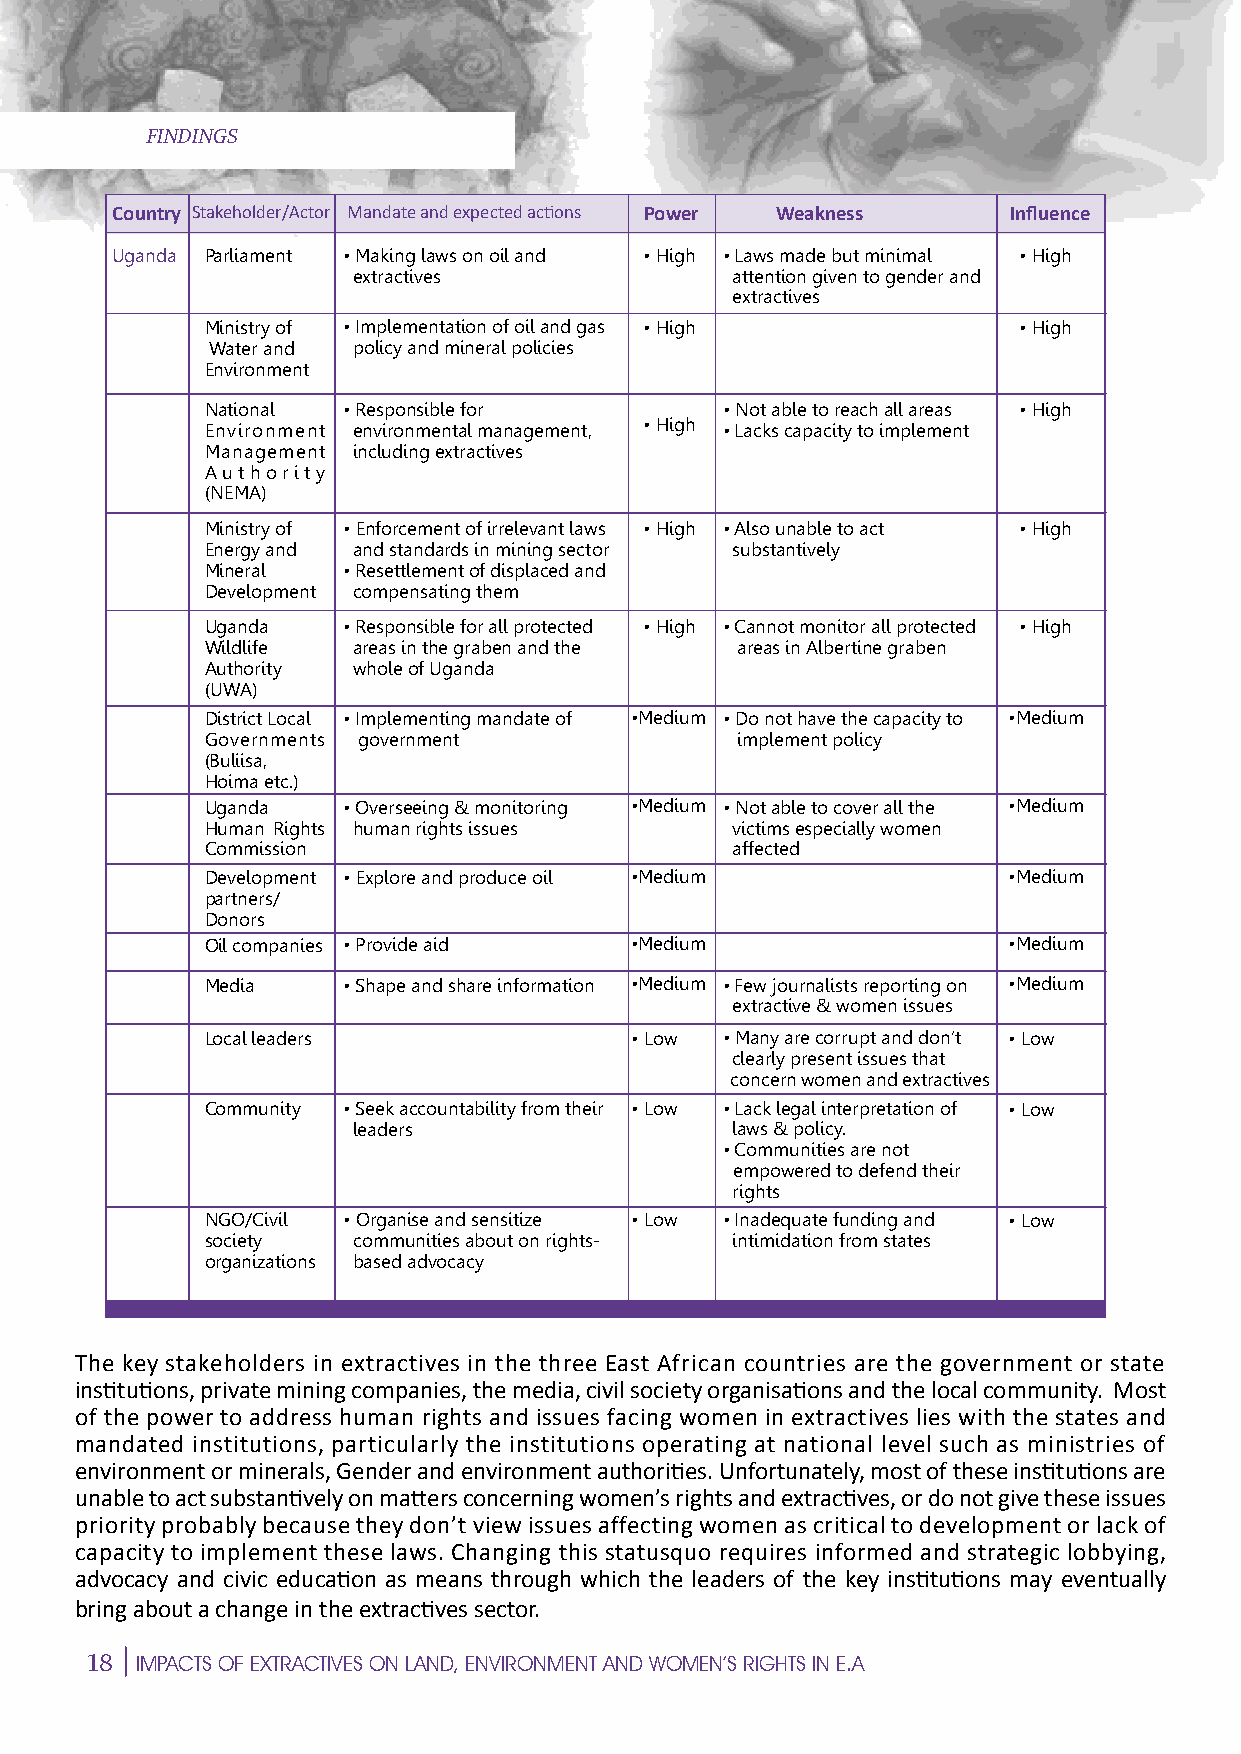
FINDINGS                                       N
 Country Stakeholder/Actor Mandate and expected actions Power Weakness Influence
 Uganda Parliament • Making laws on oil and • High • Laws made but minimal • High
 extractives              attention given to gender and
 extractives                          S
 E
 Ministry of • Implementation of oil and gas • High   • High
 Water and policy and mineral policies
 Environment
 National • Responsible for        • Not able to reach all areas • High
 Environment environmental management, • High • Lacks capacity to implement
 Management including extractives                                              P
 Authority
 M
 (NEMA)
 Ministry of • Enforcement of irrelevant laws • High • Also unable to act • High
 Energy and and standards in mining sector substantively
 Mineral  • Resettlement of displaced and
 Development compensating them
 E
 Uganda   • Responsible for all protected • High • Cannot monitor all protected • High
 Wildlife areas in the graben and the areas in Albertine graben
 Authority whole of Uganda
 (UWA)                 E
 District Local • Implementing mandate of •Medium • Do not have the capacity to •Medium
 Governments government             implement policy
 C
 (Buliisa,
 Hoima etc.)
 Uganda   • Overseeing & monitoring •Medium • Not able to cover all the •Medium
 Human Rights human rights issues  victims especially women
 Commission      I                 affected                                                          I
 Development • Explore and produce oil •Medium        •Medium
 partners/
 Donors
 C
 Oil companies • Provide aid •Medium                  •Medium
 Media    • Shape and share information •Medium • Few journalists reporting on •Medium
 E
 extractive & women issues
 Local leaders               • Low • Many are corrupt and don’t • Low
 clearly present issues that
 concern women and extractives
 CommunityE• Seek accountability from their • Low • Lack legal interpretation of • Low
 leaders                  laws & policy.
 • Communities are not                                                       M
 empowered to defend their
 rights
 NGO/Civil • Organise and sensitize • Low • Inadequate funding and • Low
 society  communities about on rights- intimidation from states
 oPrganizations based advocacy
 E
 The key stakeholders in extractives in the three East African countries are the government or state
 institutions, private mining companies, the media, civil society organisations and the local community. Most
 of the power to address human rights and issues facing women in extractives lies with the states and
 S
 mandated institutions, particularly the institutions operating at national level such as ministries of
 environment or minerals, Gender and environment authorities. Unfortunately, most of these institutions are
 unable to act substantively on matters concerning women’s rights and extractives, or do not give these issues                           N
 priority probably because they don’t view issues affecting women as critical to development or lack of
 capacity to implement these laws. Changing this statusquo requires informed and strategic lobbying,
 advocacy and civic education as means through which the leaders of the key institutions may eventually
 bring about a change in the extractives sector.
 18
 IMPACTS OF EXTRACTIVES ON LAND, ENVIRONMENT AND WOMEN’S RIGHTS IN E.A